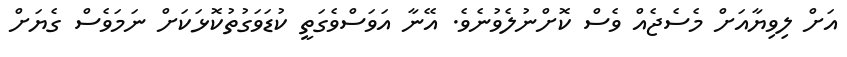
އަށް ލިވިޔާއަށް މެސެޖެއް ވެސް ކޮށްނުލެވުނެވެ. އޭނާ އަވަސްވެގަތީ ކުޑަވަގުތުކޮޅަކަށް ނަމަވެސް ގެޔަށް